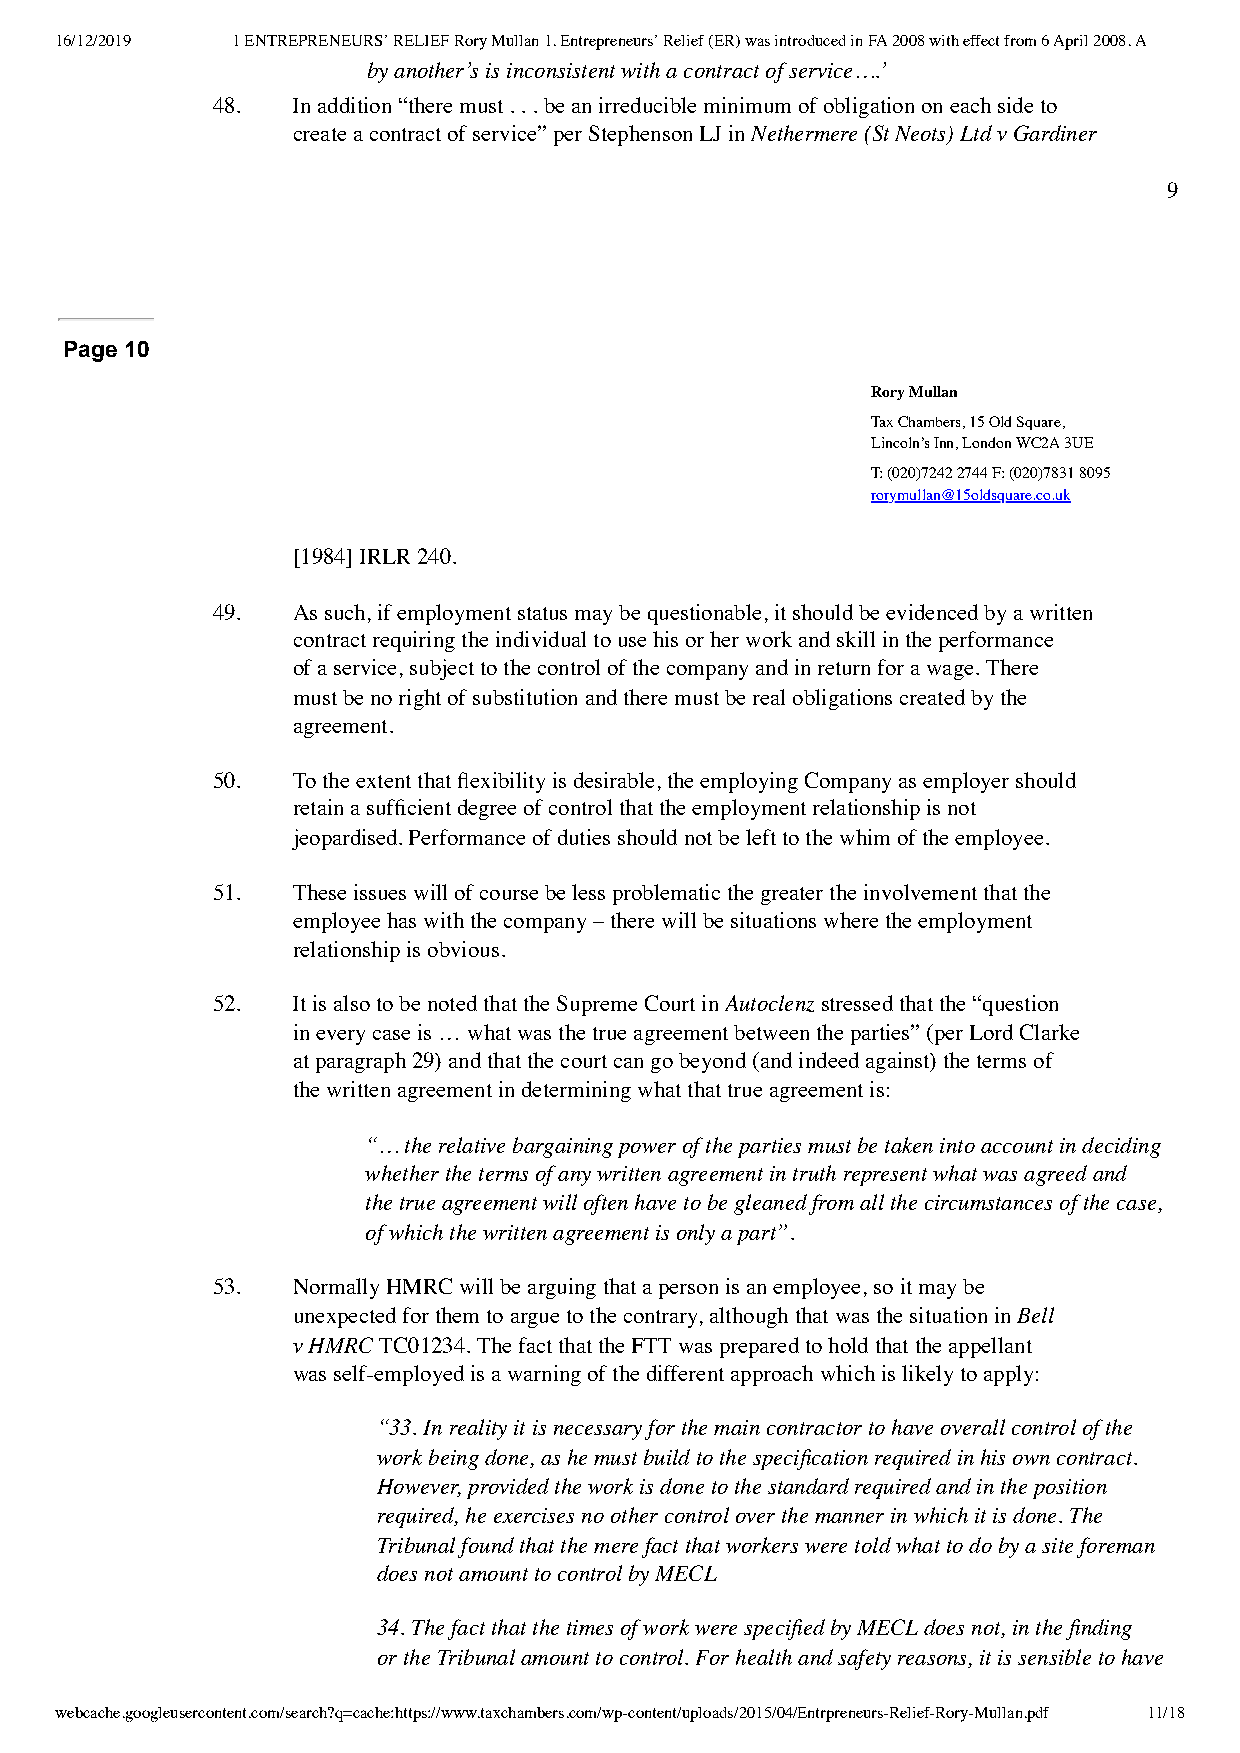
16/12/2019 1 ENTREPRENEURS’ RELIEF Rory Mullan 1. Entrepreneurs’ Relief (ER) was introduced in FA 2008 with effect from 6 April 2008. A
 by another’s is inconsistent with a contract of service….’
 48.  In addition “there must . . . be an irreducible minimum of obligation on each side to
 create a contract of service” per Stephenson LJ in Nethermere (St Neots) Ltd v Gardiner
 9
 Page 10
 Rory Mullan
 Tax Chambers, 15 Old Square,
 Lincoln’s Inn, London WC2A 3UE
 T: (020)7242 2744 F: (020)7831 8095
 rorymullan@15oldsquare.co.uk
 [1984] IRLR 240.
 49.  As such, if employment status may be questionable, it should be evidenced by a written
 contract requiring the individual to use his or her work and skill in the performance
 of a service, subject to the control of the company and in return for a wage. There
 must be no right of substitution and there must be real obligations created by the
 agreement.
 50.  To the extent that flexibility is desirable, the employing Company as employer should
 retain a sufficient degree of control that the employment relationship is not
 jeopardised. Performance of duties should not be left to the whim of the employee.
 51.  These issues will of course be less problematic the greater the involvement that the
 employee has with the company – there will be situations where the employment
 relationship is obvious.
 52.  It is also to be noted that the Supreme Court in Autoclenz stressed that the “question
 in every case is … what was the true agreement between the parties” (per Lord Clarke
 at paragraph 29) and that the court can go beyond (and indeed against) the terms of
 the written agreement in determining what that true agreement is:
 “… the relative bargaining power of the parties must be taken into account in deciding
 whether the terms of any written agreement in truth represent what was agreed and
 the true agreement will often have to be gleaned from all the circumstances of the case,
 of which the written agreement is only a part”.
 53.  Normally HMRC will be arguing that a person is an employee, so it may be
 unexpected for them to argue to the contrary, although that was the situation in Bell
 v HMRC TC01234. The fact that the FTT was prepared to hold that the appellant
 was self-employed is a warning of the different approach which is likely to apply:
 “33. In reality it is necessary for the main contractor to have overall control of the
 work being done, as he must build to the specification required in his own contract.
 However, provided the work is done to the standard required and in the position
 required, he exercises no other control over the manner in which it is done. The
 Tribunal found that the mere fact that workers were told what to do by a site foreman
 does not amount to control by MECL
 34. The fact that the times of work were specified by MECL does not, in the finding
 or the Tribunal amount to control. For health and safety reasons, it is sensible to have
 webcache.googleusercontent.com/search?q=cache:https://www.taxchambers.com/wp-content/uploads/2015/04/Entrpreneurs-Relief-Rory-Mullan.pdf 11/18